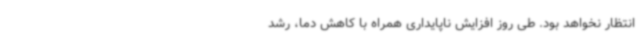
انتظار نخواهد بود. طی روز افزایش ناپایداری همراه با کاهش دما، رشد